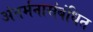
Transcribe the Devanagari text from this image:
अंतर्मनासंबंधित